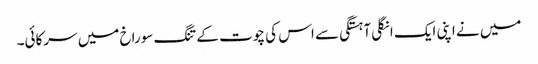
میں نے اپنی ایک انگلی آہستگی سے اس کی چوت کے تنگ سوراخ میں سرکائی۔